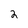
Character: 2